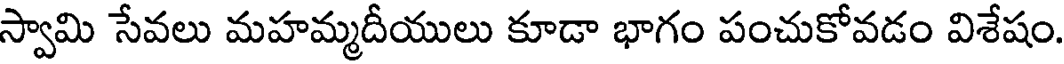
స్వామి సేవలు మహమ్మదీయులు కూడా భాగం పంచుకోవడం విశేషం